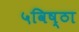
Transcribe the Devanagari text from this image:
५विष्ठा